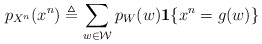
\begin{align*}p_{X^n}(x^n) \triangleq \sum_{w\in\mathcal{W}}p_{W}(w)\mathbf{1}\{x^n = g(w)\} \end{align*}